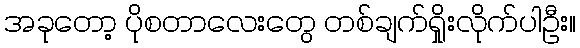
အခုတော့ ပိုစတာလေးတွေ တစ်ချက်ရှိုးလိုက်ပါဦး။